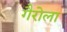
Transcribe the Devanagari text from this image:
गैरोला